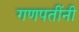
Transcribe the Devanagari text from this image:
गणपतींनी